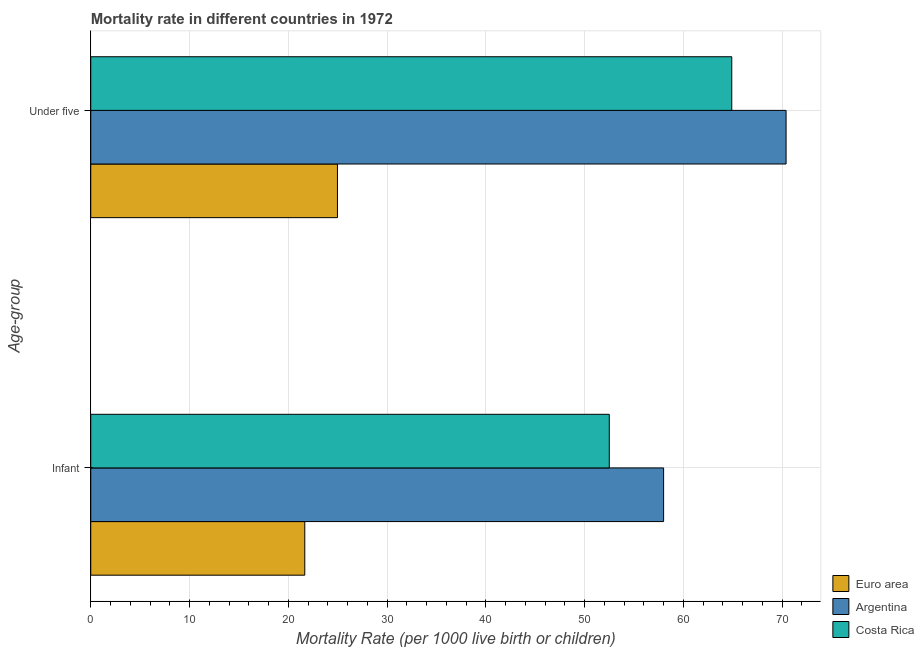
| Age-group | Euro area | Argentina | Costa Rica |
 | --- | --- | --- | --- |
 | Infant | 21.7 | 58 | 52.5 |
 | Under five | 25 | 70.4 | 64.9 |